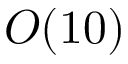
O ( 1 0 )